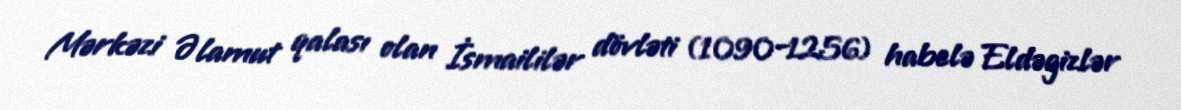
Mərkəzi Əlamut qalası olan İsmaililər dövləti (1090–1256) habelə Eldəgizlər